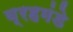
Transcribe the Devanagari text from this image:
ब्रहमंडे